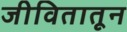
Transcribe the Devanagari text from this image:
जीवितातून